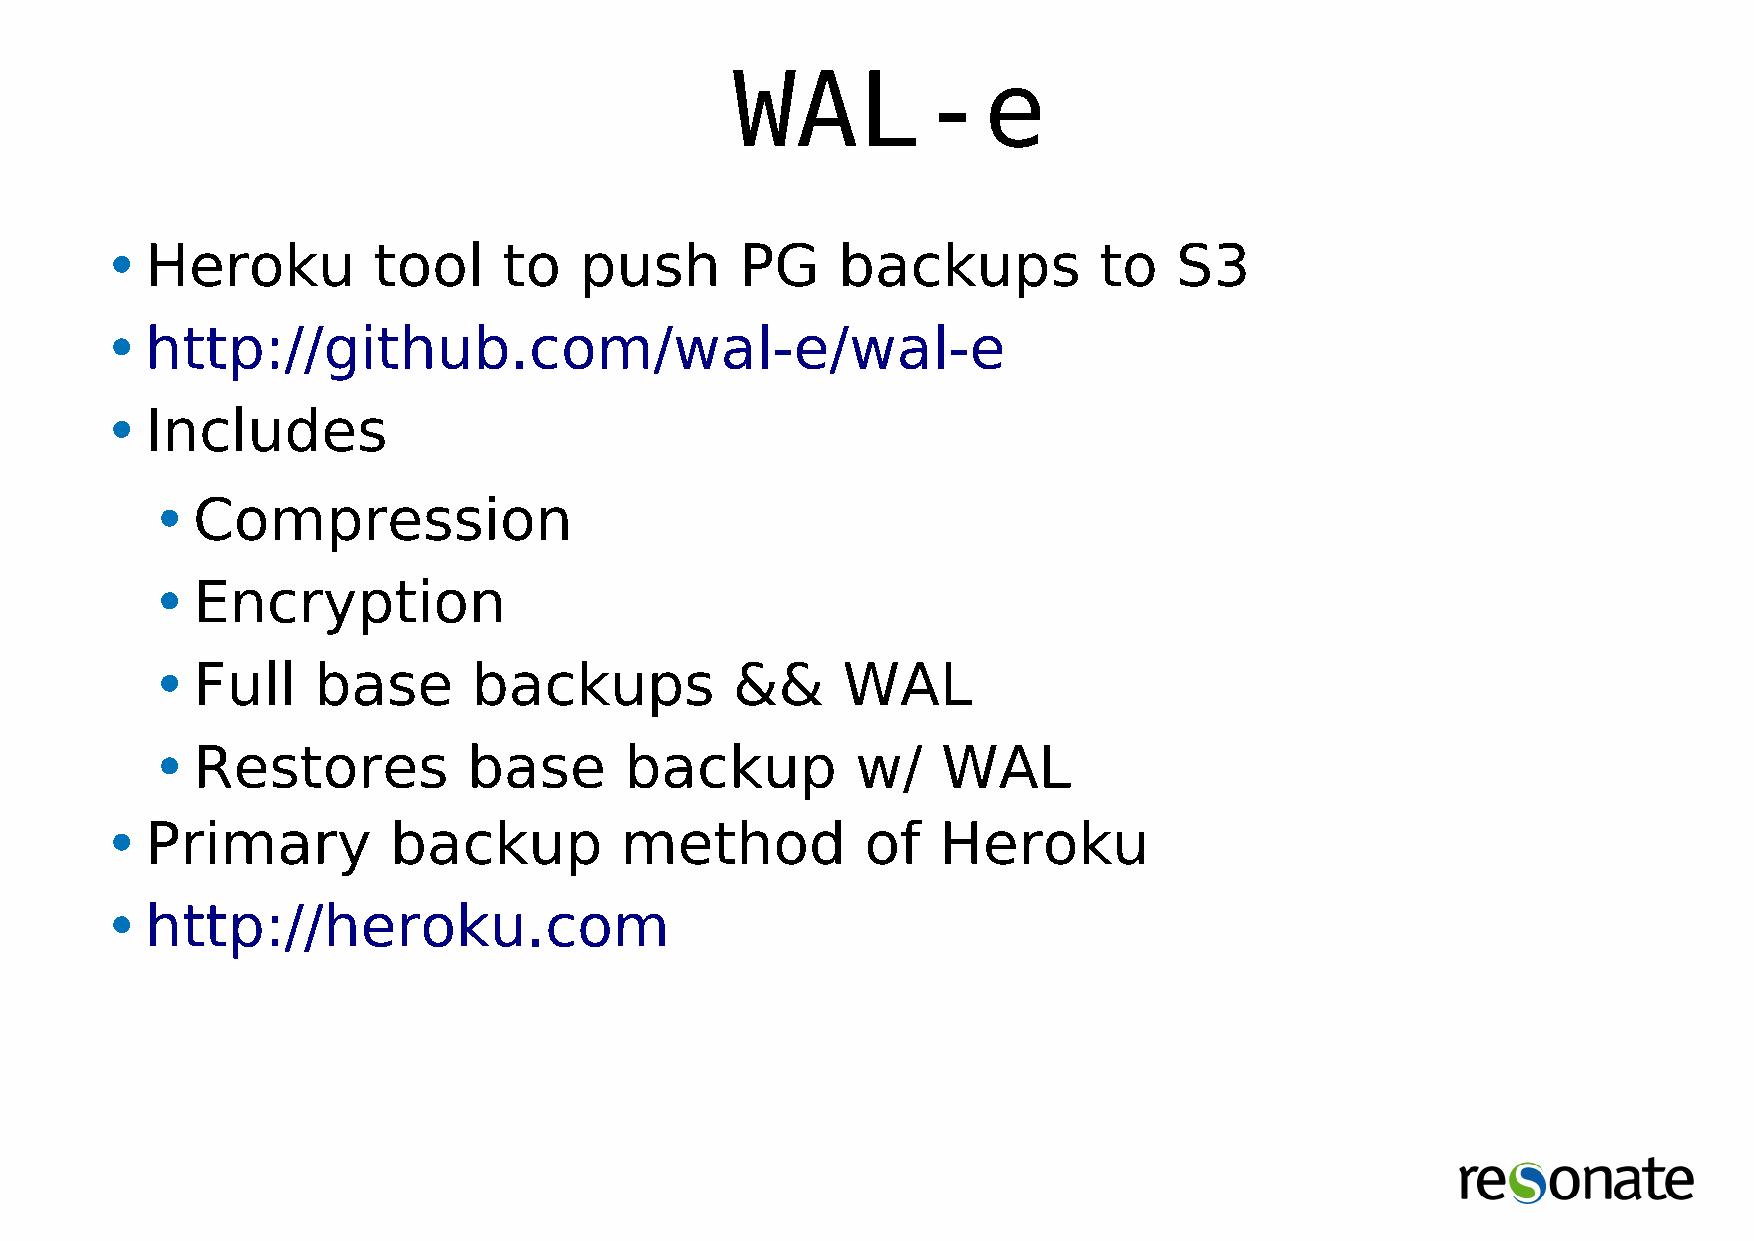
WAL-e
 •Heroku           tool    to   push       PG     backups          to   S3
 •http://github.com/wal-e/wal-e
 •Includes
 •Compression
 •Encryption
 •Full      base      backups           &&     WAL
 •Restores            base      backup          w/   WAL
 •Primary           backup         method          of   Heroku
 •http://heroku.com